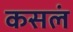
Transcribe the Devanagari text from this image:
कसलं